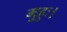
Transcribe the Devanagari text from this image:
मुहुः।